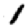
Digit: 1